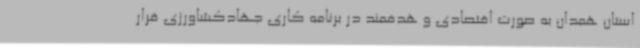
استان همدان به صورت اقتصادی و هدفمند در برنامه کاری جهادکشاورزی قرار